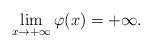
LaTeX: \begin{align*}\lim_{x\to +\infty}\varphi(x)=+\infty.\end{align*}